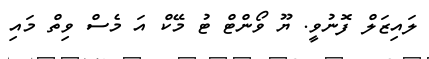
ލައިޒަލް ފޮނުވީ. ޔޫ ވޯންޓް ޓު މޭކް އަ މެސް ވިތް މައި